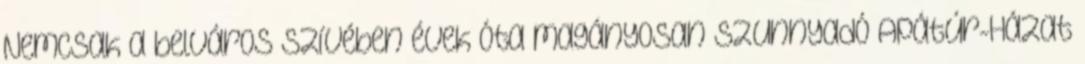
Nemcsak a belváros szívében évek óta magányosan szunnyadó Apátúr-Házat